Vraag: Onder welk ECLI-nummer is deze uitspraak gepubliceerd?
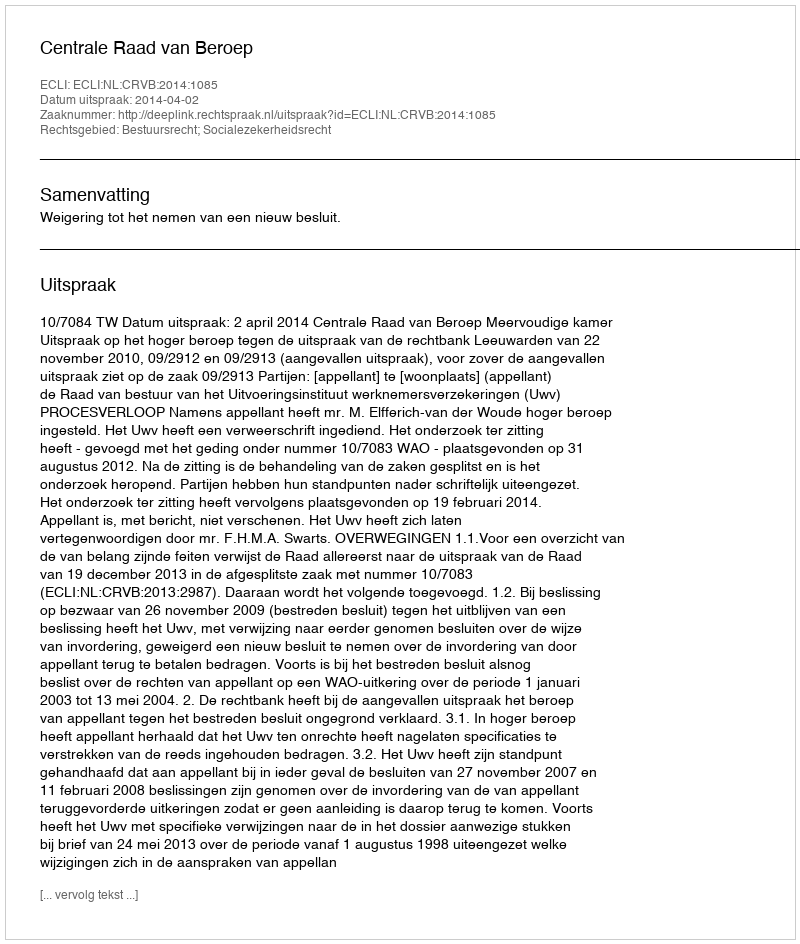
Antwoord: ECLI:NL:CRVB:2014:1085